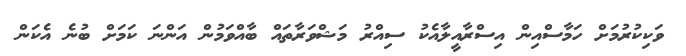
ވަކިކުރުމަށް ހަމާސްއިން އިސްރާއީލާއެކު ސިއްރު މަޝްވަރާތައް ބާއްވަމުން އަންނަ ކަމަށް ބުނެ އެކަން